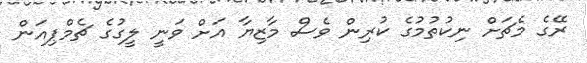
ރޭގެ މެޗަށް ނިކުތުމުގެ ކުރިން ވެސް މާޒިޔާ އަށް ވަނީ ލީގުގެ ޗެމްޕިއަން